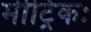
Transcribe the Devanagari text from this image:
मीट्रिकः